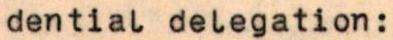
dential delegation: